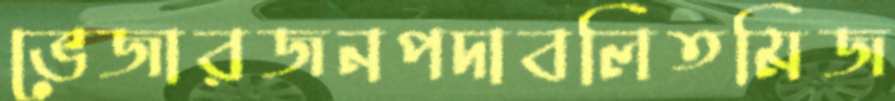
ভেজারজনপদাবলিতমিজ